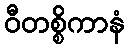
ဝီတစ္စိကာနံ